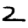
Digit: 2